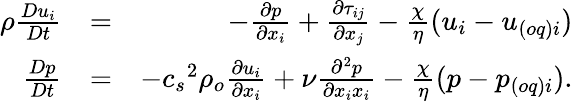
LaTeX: \begin{array}{rlr}{\rho\frac{Du_{i}}{Dt}}&{=}&{-\frac{\partial p}{\partial x_{i}}+\frac{\partial\tau_{ij}}{\partial x_{j}}-\frac{\chi}{\eta}({u}_{i}-u_{(oq)i})}\\ {\frac{Dp}{Dt}}&{=}&{-{c_{s}}^{2}\rho_{o}\frac{\partial u_{i}}{\partial x_{i}}+\nu\frac{\partial^{2}p}{\partial x_{i}x_{i}}-\frac{\chi}{\eta}({p-p_{(oq)i}}).}\end{array}